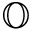
\mathbb { O }